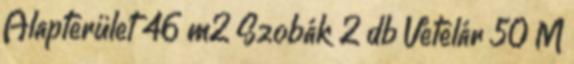
Alapterület 46 m2 Szobák 2 db Vételár 50 M